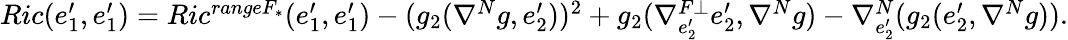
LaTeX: \begin{array}{ll}{Ric(e_{1}^{\prime},e_{1}^{\prime})=Ric^{rangeF_{\ast}}(e_{1}^{\prime},e_{1}^{\prime})-(g_{2}(\nabla^{N}g,e_{2}^{\prime}))^{2}+g_{2}(\nabla_{e_{2}^{\prime}}^{F\bot}e_{2}^{\prime},\nabla^{N}g)-\nabla_{e_{2}^{\prime}}^{N}(g_{2}(e_{2}^{\prime},\nabla^{N}g)).}\end{array}